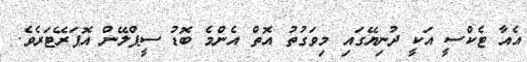
އެއާ ޓެކްސީ އަކީ ދުނިޔޭގައި މިވަގުތު އޮތް އެންމެ ބޮޑު ސީޕްލޭން އޮޕަރޭޓަރެވެ.